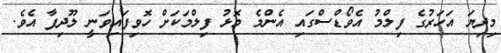
މިދިޔަ އަހަރުގެ ފިލްމު އެވޯޑްސްގައި އެންމެ މޮޅު ފިލްމަކަށް ހޮވިފައިވަނީ ލޫދިފާ އެވެ.